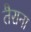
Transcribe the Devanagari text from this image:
तैराना